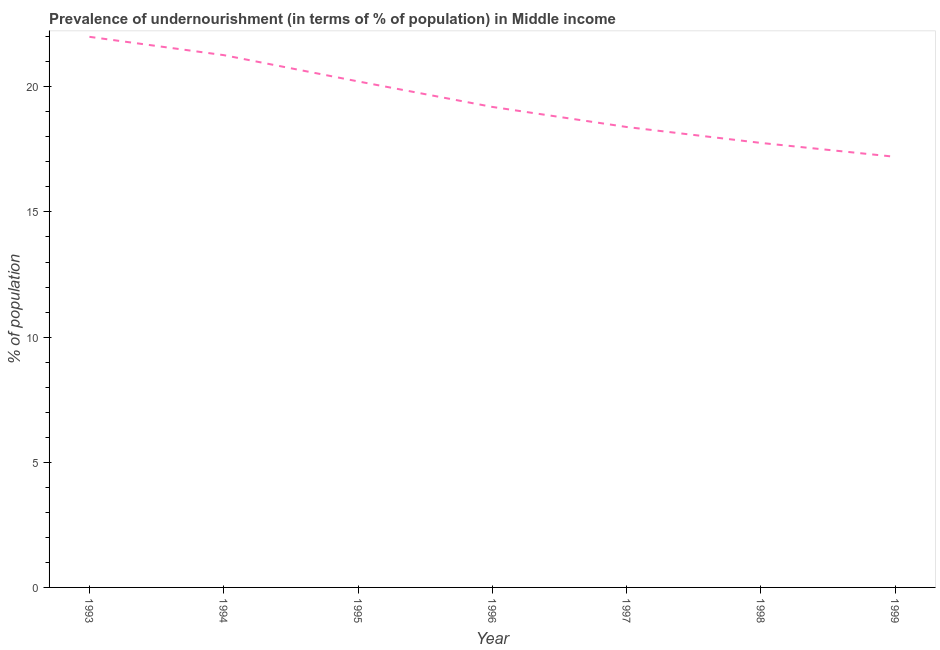
| Year | Prevalence of undernourishment |
 | --- | --- |
 | 1993 | 22 |
 | 1994 | 21.3 |
 | 1995 | 20.2 |
 | 1996 | 19.2 |
 | 1997 | 18.4 |
 | 1998 | 17.8 |
 | 1999 | 17.2 |